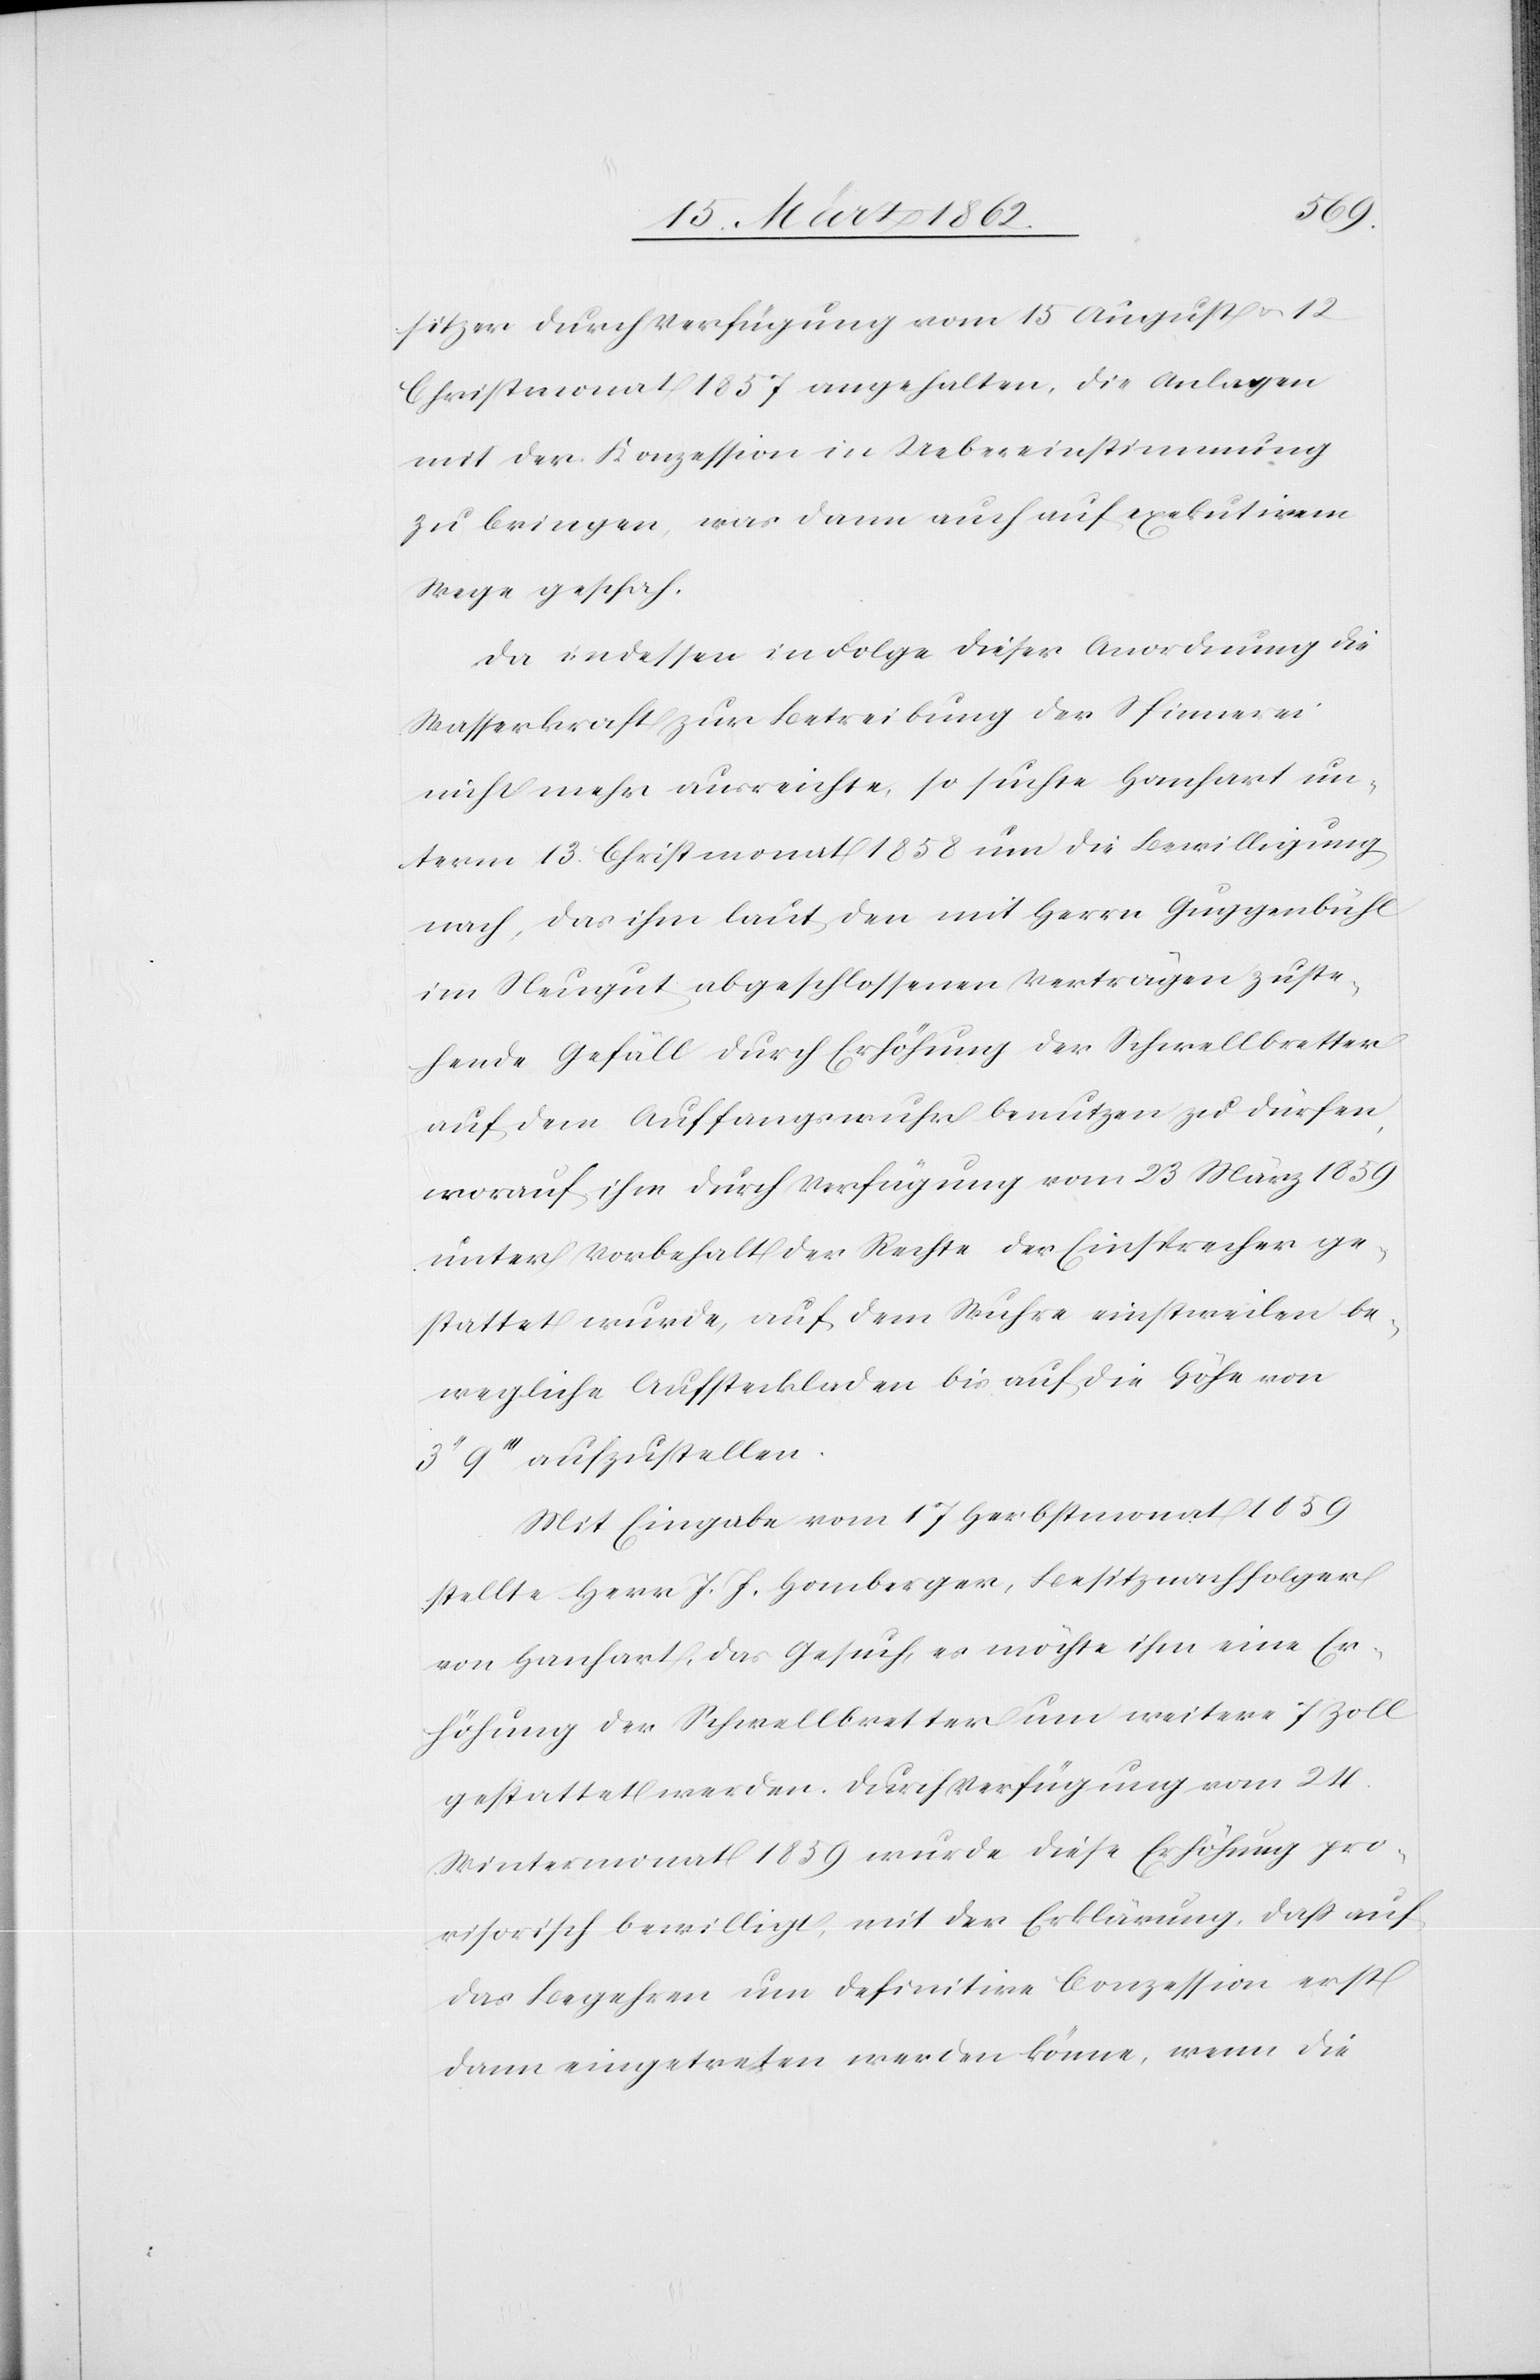
sitzer durch Verfügung vom 15 August u. 12
Christmonat 1857 angehalten, die Anlagen
mit der Konzession in Uebereinstimmung
zu bringen, was dann auch auf exekutivem
Wege geschah.
Da indessen in Folge dieser Anordnung die
Wasserkraft zur Betreibung der Spinnerei
nicht mehr ausreichte, so suchte Hanhart un¬
term 13. Christmonat 1858 um die Bewilligung
nach, das ihm laut den mit Herrn Guggenbühl
im Neugut abgeschlossenen Verträgen zuste¬
hende Gefälle durch Erhöhung der Schwellbretter
auf dem Auffangswuhr benutzen zu dürfen,
worauf ihm durch Verfügung vom 23 März 1859
unter Vorbehalt der Rechte der Einsprecher ge¬
stattet wurde, auf dem Wuhre einstweilen be¬
wegliche Aufsteckladen bis auf die Höhe von
9 ’’’ aufzustellen.
Mit Eingabe vom 17 Herbstmonat 1859
stellte Herr J. J. Homberger, Besitznachfolger
von Hanhart, das Gesuch, es möchte ihm eine Er¬
höhung der Schwellbretter um weitere 7 Zoll
gestattet werden. Durch Verfügung vom 24.
Wintermonat 1859 wurde diese Erhöhung pro¬
visorisch bewilligt, mit der Erklärung, daß auf
das Begehren um definitive Conzession erst
dann eingetreten werden könne, wenn die